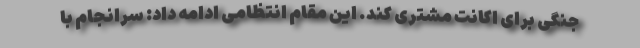
جنگی برای اکانت مشتری کند. این مقام انتظامی ادامه داد: سرانجام با